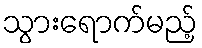
သွားရောက်မည့်